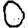
Digit: 0